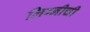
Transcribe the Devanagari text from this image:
लिग्नीची